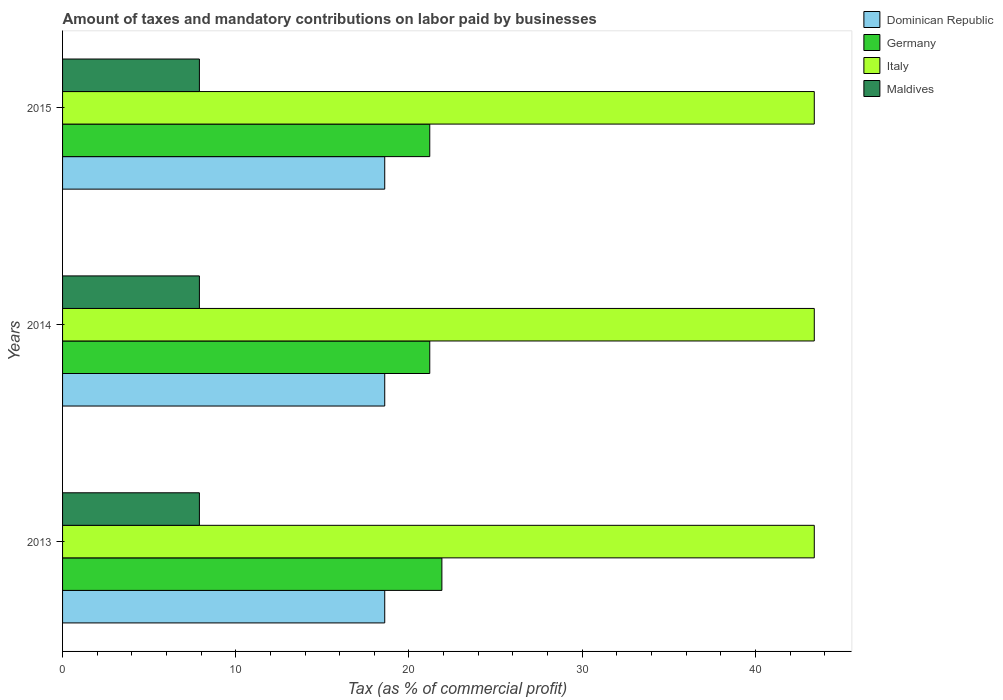
| Years | Dominican Republic | Germany | Italy | Maldives |
 | --- | --- | --- | --- | --- |
 | 2013 | 18.6 | 21.9 | 43.4 | 7.9 |
 | 2014 | 18.6 | 21.2 | 43.4 | 7.9 |
 | 2015 | 18.6 | 21.2 | 43.4 | 7.9 |